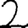
Digit: 2